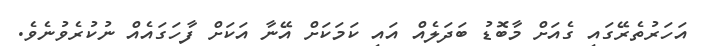
އަހަރުތެރޭގައި ގެއަށް މާބޮޑު ބަދަލެއް އައި ކަމަކަށް އޭނާ އަކަށް ފާހަގައެއް ނުކުރެވުނެވެ.